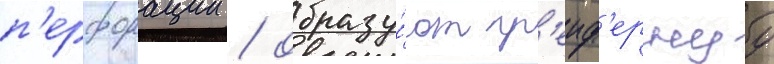
п'ерфорации / образу́ют гр'еиф'ернуу